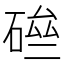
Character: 𥓗